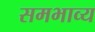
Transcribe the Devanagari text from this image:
समभाव्य